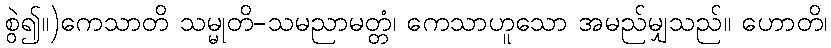
စွဲ၍။)ကေသာတိ သမ္မုတိ-သမညာမတ္တံ၊ ကေသာဟူသော အမည်မျှသည်။ ဟောတိ၊